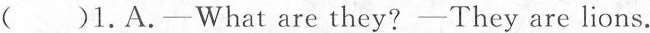
( )1.A.—What are they?—They are lions.